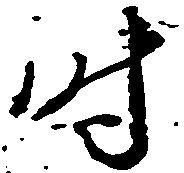
時